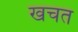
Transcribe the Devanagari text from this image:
खचत